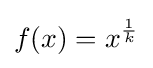
f(x)=x^{\frac {1}{k}}